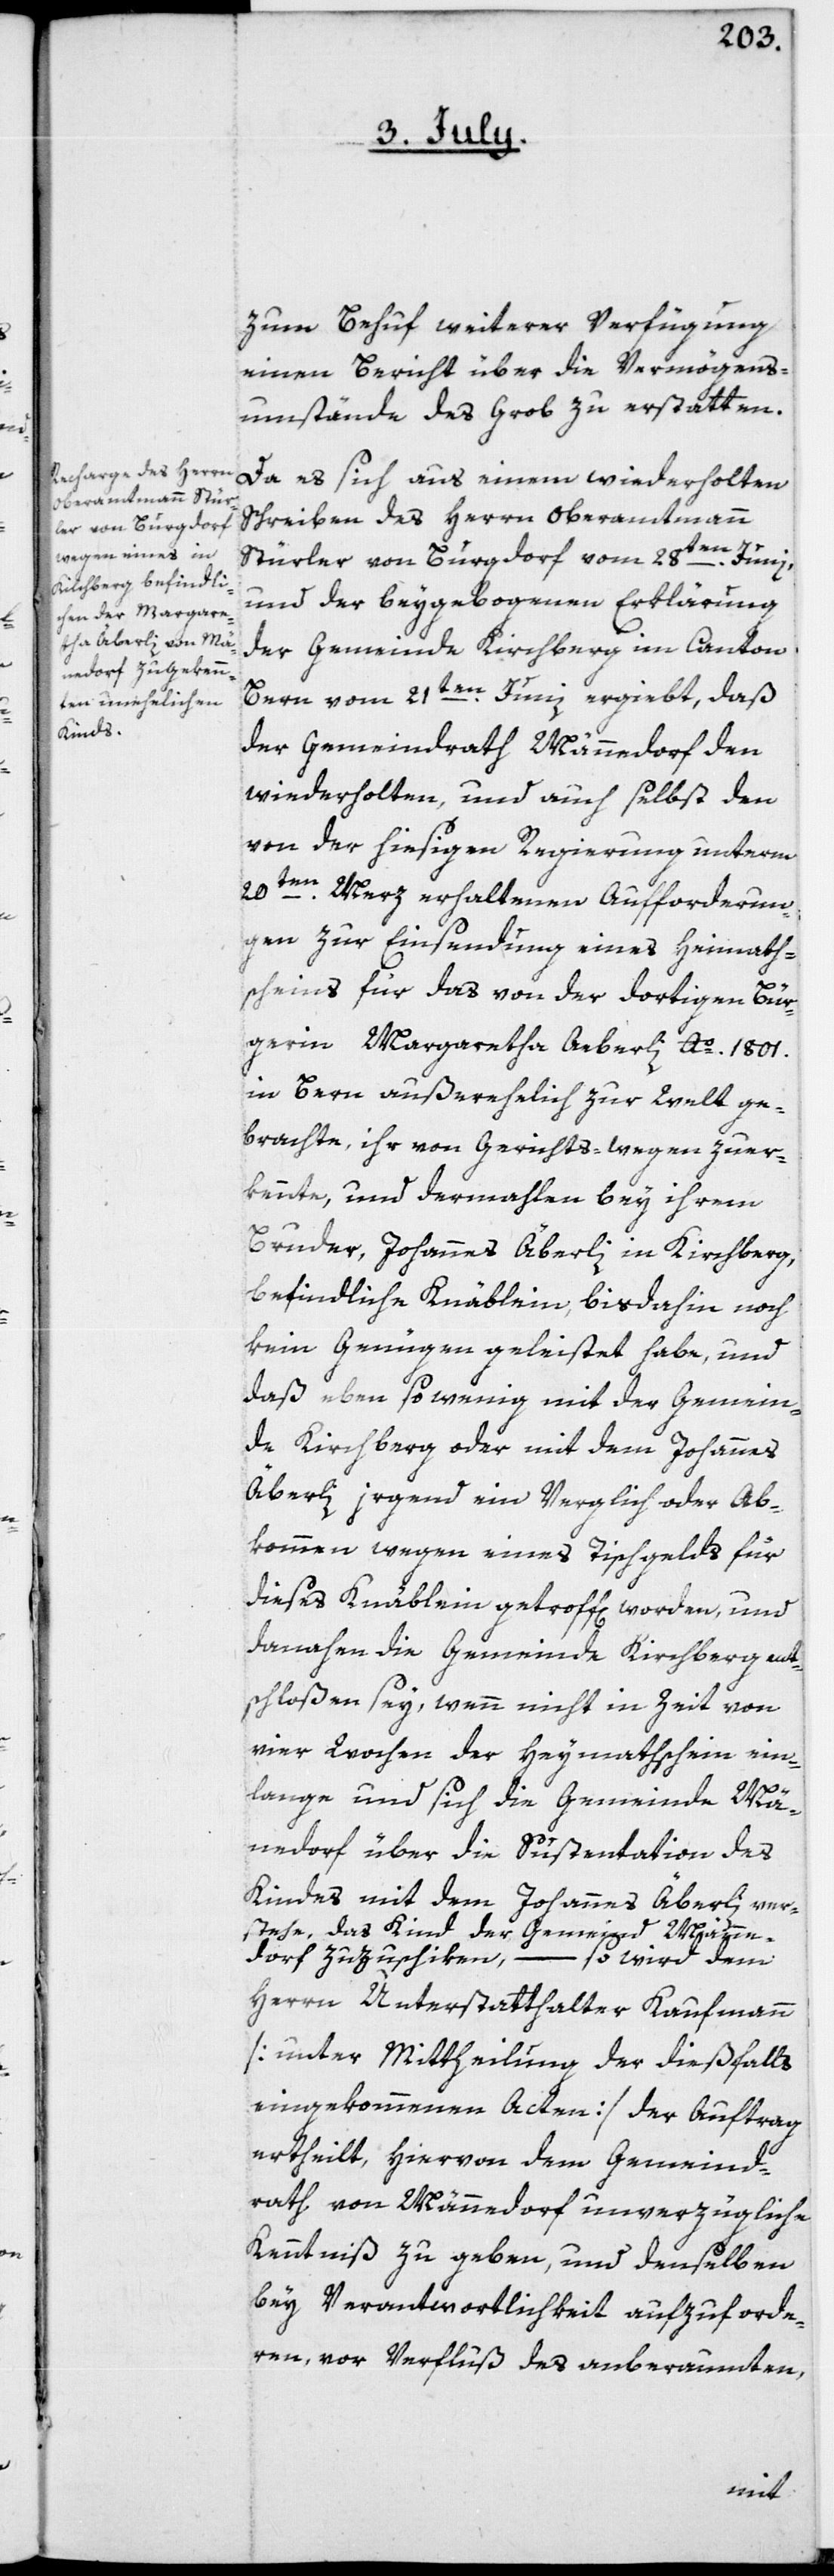
zum Behuf weiterer Verfügung
einen Bericht über die Vermögens¬
umstände des Grob zu erstatten.
Da es sich aus einem wiederholten
Schreiben des Herrn Oberamtmann
Stürler von Burgdorf vom 28ten Junii,
und der beygebogenen Erklärung
der Gemeinde Kirchberg im Canton
Bern vom 21ten Junii ergiebt, daß
der Gemeindrath Männedorf den
wiederholten und auch selbst den
von der hiesigen Regierung unterm
20ten Merz erhaltenen Aufforderun¬
gen zur Einsendung eines Heimath¬
scheins für das von der dortigen Bür¬
gerin Margaretha Aeberli [sic!] Ao 1801.
in Bern außerehelich zur Welt ge¬
brachte, ihr von Gerichts wegen zuer¬
kannte und dermahlen bey ihrem
Bruder, Johannes Äberli in Kirchberg
befindliche Knäblein, bisdahin noch
kein Genügen geleistet habe, und
daß eben so wenig mit der Gemein¬
de Kirchberg oder mit dem Johannes
Äberli irgend ein Verglich oder Ab¬
kommen wegen eines Tischgelds für
dieses Knäblein getroff[en] worden, und
danahen die Gemeinde Kirchberg ent¬
schloßen sey, wenn nicht in Zeit von
vier Wochen der Heymathschein ein¬
lange und sich die Gemeinde Män¬
nedorf über die Suspentation des
Kindes mit dem Johannes Äberli ver¬
stehe, das Kind der Gemeind Männe¬
dorf zuzuschiken,
– so wird dem
Herrn Unterstatthalter Kaufmann
[unter Mittheilung der dießfalls
eingekommenen Acten] der Auftrag
ertheilt, hiervon dem Gemeind¬
rath von Männedorf unverzügliche
Kenntniß zu geben, und denselben
bey Verantwortlichkeit aufzuforde¬
ren, vor Verfluß des anberaumten,